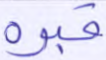
قبره